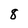
Character: 8